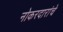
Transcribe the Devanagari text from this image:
नोकरदारांचे